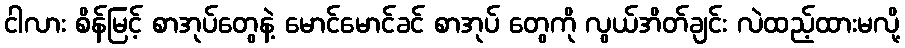
ငါလား စိန်မြင့် စာအုပ်တွေနဲ့ မောင်မောင်ခင် စာအုပ် တွေကို လွယ်အိတ်ချင်း လဲထည့်ထားမလို့